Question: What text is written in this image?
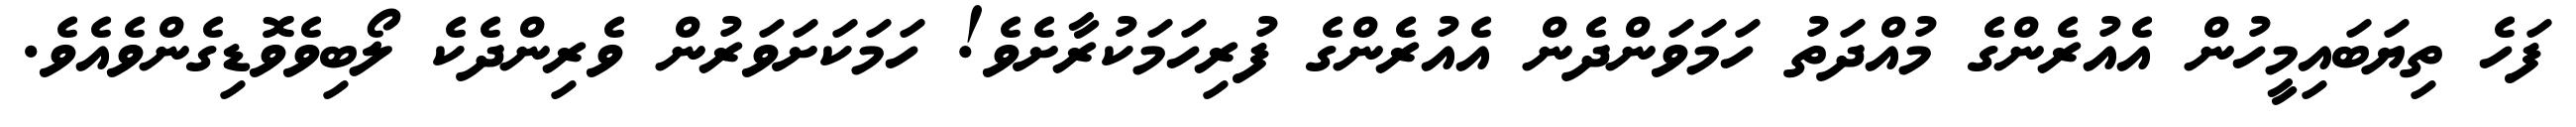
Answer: ފަހެ ތިޔަބައިމީހުން އެއުރެންގެ މުއްދަތު ހަމަވަންދެން އެއުރެންގެ ފުރިހަމަކުރާށެވެ! ހަމަކަށަވަރުން ވެރިންދެކެ ލޯބިވެވޮޑިގެންވެއެވެ.